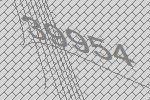
39954